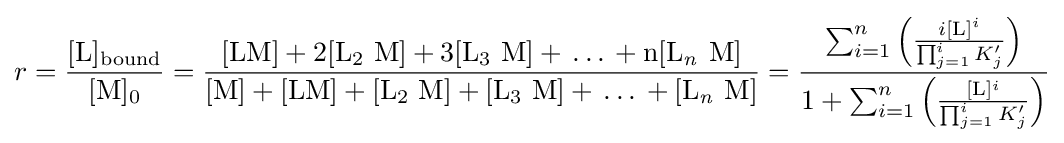
r={\frac {[\mathrm {L} ]{\vphantom {A}}_{\smash[{t}]{\mathrm {bound} }}}{[\mathrm {M} ]{\vphantom {A}}_{\smash[{t}]{0}}}}={\frac {{\text{[LM]}}{}+{}{\mathrm {2[L_{2}~M]} }{}+{}{\mathrm {3[L_{3}~M]} }{}+{}\ldots {}+{}{\mathit {\mathrm {n} }}[\mathrm {L} {\vphantom {A}}_{\smash[{t}]{\mathit {n}}}~\mathrm {M} ]}{{\text{[M]}}{}+{}{\text{[LM]}}{}+{}{\mathrm {[L_{2}~M]} }{}+{}{\mathrm {[L_{3}~M]} }{}+{}\ldots {}+{}[\mathrm {L} {\vphantom {A}}_{\smash[{t}]{\mathit {n}}}~\mathrm {M} ]}}={\frac {\sum _{i=1}^{n}\left({\frac {i[{\ce {L}}]^{i}}{\prod _{j=1}^{i}K_{j}'}}\right)}{1+\sum _{i=1}^{n}\left({\frac {[{\ce {L}}]^{i}}{\prod _{j=1}^{i}K_{j}'}}\right)}}